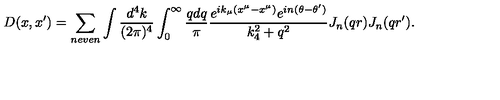
D ( x , x ^ { \prime } ) = \sum _ { n e v e n } \int { \frac { d ^ { 4 } k } { ( 2 \pi ) ^ { 4 } } } \int _ { 0 } ^ { \infty } { \frac { q d q } { \pi } } { \frac { e ^ { i k _ { \mu } ( x ^ { \mu } - x ^ { \mu } ) } e ^ { i n ( \theta - \theta ^ { \prime } ) } } { k _ { 4 } ^ { 2 } + q ^ { 2 } } } J _ { n } ( q r ) J _ { n } ( q r ^ { \prime } ) .